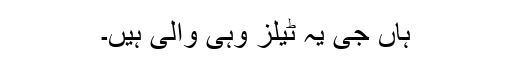
ہاں جی یہ ٹیلز وہی والی ہیں۔